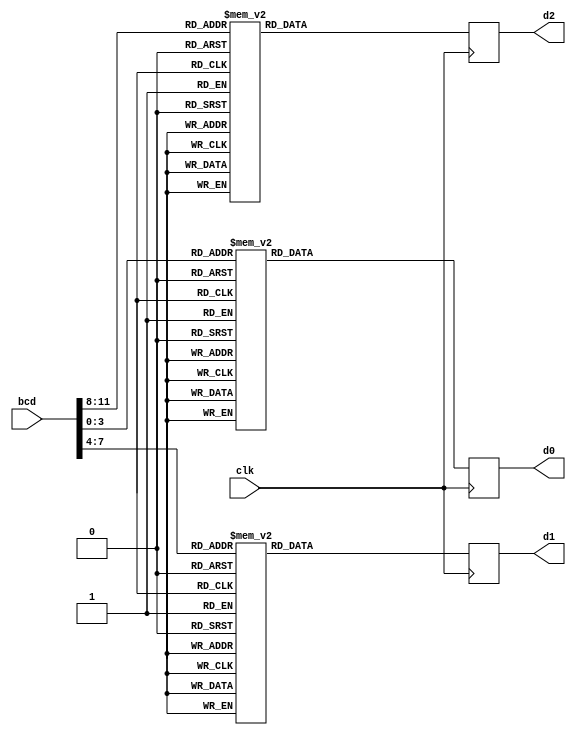
module seg_7
(
	input	clk,
	
	input	[11:0] bcd,
	
	output 	reg [6:0] d0,	  		// Output registers to drive 3, 7-segment displays
			  d1,
			  d2
);

localparam	ZERO	= 7'b1111110,
		ONE	= 7'b0110000,
		TWO	= 7'b1101101,
		THREE	= 7'b1111001,
		FOUR	= 7'b0110011,
		FIVE	= 7'b1011011,
		SIX	= 7'b1011111,
		SEVEN	= 7'b1110000,
		EIGHT	= 7'b1111111,
		NINE	= 7'b1111011;

always @ (posedge clk)
begin
	case(bcd[3:0])
		4'd0	: d0 <= ZERO;
		4'd1	: d0 <= ONE;
		4'd2	: d0 <= TWO;
		4'd3	: d0 <= THREE;
		4'd4	: d0 <= FOUR;
		4'd5	: d0 <= FIVE;
		4'd6	: d0 <= SIX;
		4'd7	: d0 <= SEVEN;
		4'd8	: d0 <= EIGHT;
		4'd9	: d0 <= NINE;
		default	: d0 <= 7'bx;	
	endcase
	
	case(bcd[7:4])
		4'd0	: d1 <= ZERO;
		4'd1	: d1 <= ONE;
		4'd2	: d1 <= TWO;
		4'd3	: d1 <= THREE;
		4'd4	: d1 <= FOUR;
		4'd5	: d1 <= FIVE;
		4'd6	: d1 <= SIX;
		4'd7	: d1 <= SEVEN;
		4'd8	: d1 <= EIGHT;
		4'd9	: d1 <= NINE;
		default	: d1 <= 7'bx;	
	endcase
	
	case(bcd[11:8])
		4'd0	: d2 <= ZERO;
		4'd1	: d2 <= ONE;
		4'd2	: d2 <= TWO;
		4'd3	: d2 <= THREE;
		4'd4	: d2 <= FOUR;
		4'd5	: d2 <= FIVE;
		4'd6	: d2 <= SIX;
		4'd7	: d2 <= SEVEN;
		4'd8	: d2 <= EIGHT;
		4'd9	: d2 <= NINE;
		default	: d2 <= 7'bx;	
	endcase

end

endmodule